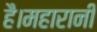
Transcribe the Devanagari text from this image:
है।महारानी